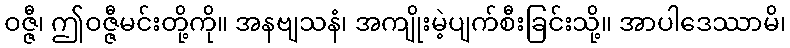
ဝဇ္ဇီ၊ ဤဝဇ္ဇီမင်းတို့ကို။ အနဗျသနံ၊ အကျိုးမဲ့ပျက်စီးခြင်းသို့။ အာပါဒေဿာမိ၊